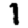
Digit: 1